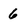
Character: 6